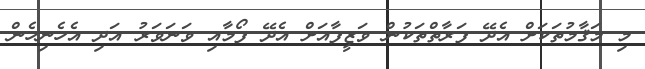
މި މަޤާމުތަކަށް އެދޭ ފަރާތްތަކުން ވަޒީފާއަށް އެދޭ ފޯމާއި ވަނަވަރު އަދި އެހެނިހެން